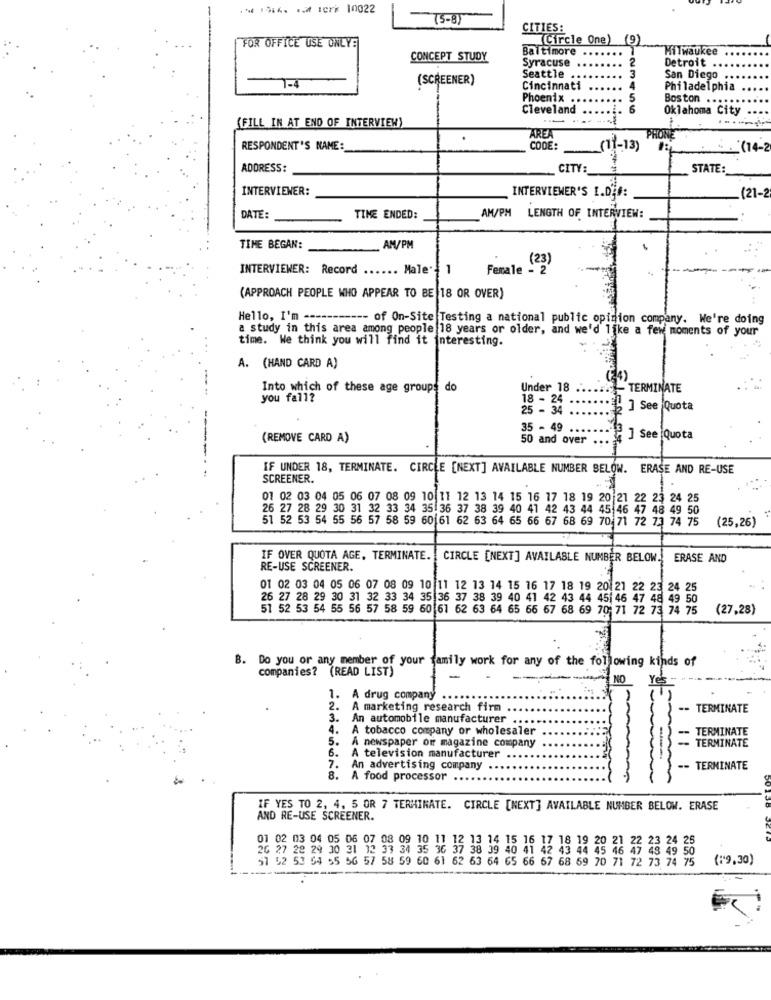
-11 - 17* 10022
(5-8)
CITIES:
Circle One)
(9)
FOR OFFICE USE ONLYE
Baltimore
Milwaukee
CONCEPT STUDY
Syracuse
2
Detroit .
3
(SCREENER)
Seattle
San Diego
1-4
Cincinnati
Philadelphia
Phoenix ..
.
Boston ...
Cleveland
6
Oklahoma City
....
(FILL IN AT END OF INTERVIEW)
AREA
PHONE
RESPONDENT'S NAME:
CODE:
(11-13)
(14-2
ADDRESS:
CITY:
STATE:
INTERVIEWER:
INTERVIEWER'S I.D.f:
(21-2
AM/PM
DATE:
TINE ENDED:
LENGTH OF INTERVIEW:
TIME BEGAN:
AM/PM
(23)
INTERVIEWER: Record
Male
1
Female - 2
(APPROACH PEOPLE WHO APPEAR TO BE 18 OR OVER)
Hello, I'm ----------- of On-Site Testing a national public opinion company. We're doing
a study in this area among people 18 years or older, and we'd like a few moments of your
time. We think you will find it interesting.
. ..
A. (HAND CARD A)
(24)
Into which of these age groups do
Under 18
- TERMINATE
you fall?
18 - 24
25 - 34
] See Quota
35 - 49
(REMOVE CARD A)
50 and over
" ] See Quota
IF UNDER 18, TERMINATE. CIRCLE [NEXT] AVAILABLE NUMBER BELOW. ERASE AND RE-USE
SCREENER.
01 02 03 04 05 06 07 08 09 10 11 12 13 14 15 16 17 18 19 20 21 22 23 24
26 27 28 29 30 31 32 33 34 35 36 37 38 39 40 41 42 43 44 45 46 47 48 49 50
51 52 53 54 55 56 57 58 59 60161 62 63 64 65 66 67 68 69 70 71 72 73 74 75
(25,26)
IF OVER QUOTA AGE, TERMINATE. | CIRCLE [NEXT] AVAILABLE NUMBER BELOW. ERASE AND
RE-USE SCREENER.
01 02 03 04 05 06 07 08 09 10 11 12 13 14 15 16 17 18 19 20 21 22 23 24 25
26 27 28 29 30 31 32 33 34 35 36 37 38 39 40 41 42 43 44 45 46 47 48 49 50
51 52 53 54 55 56 57 58 59 60 61 62 63 64 65 66 67 68 69 70; 71 72 73 74 75
(27,28)
B. Do you or any member of your family work for any of the following kinds of
companies? (READ LIST)
--
NO Yes-
1. A drug company ..
2. A marketing research firm .
-- TERMINATE
3. An automobile manufacturer.
4. A tobacco company or wholesaler
TERMINATE
-- TERMINATE
5. A newspaper of magazine company
6. A television manufacturer
7. An advertising company ..
-- TERMINATE
8. A food processor ...
IF YES TO 2, 4, 5 OR 7 TERMINATE. CIRCLE [NEXT] AVAILABLE NUMBER BELOW. ERASE
AND RE-USE SCREENER.
1 02 03 04 05 06 07 08 09 10 11 12 13 14 15 16 1
18 19 20 2
22 23 24
26 27 28 29 30 31 12 33 34 35 36 37 38 39 40 41 4
43 44 45 46 47 48 4
51 52 53 64 55 56 57 58 59 60 61 62 63 64 65 66 67 68 59 70 71 72 73 74 75
(19,30)